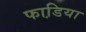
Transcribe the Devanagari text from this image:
फाडि़या